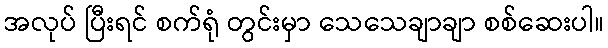
အလုပ် ပြီးရင် စက်ရုံ တွင်းမှာ သေသေချာချာ စစ်ဆေးပါ။